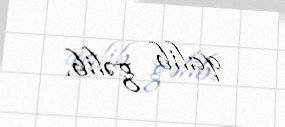
qalib gəlib.